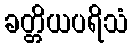
ခတ္တိယပရိသံ